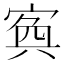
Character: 寏